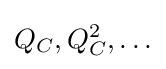
{\textstyle Q_{C},Q_{C}^{2},\dots }